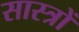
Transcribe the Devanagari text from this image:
सास्त्रों